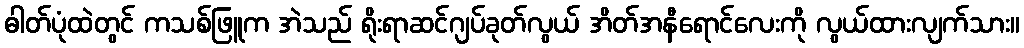
ဓါတ်ပုံထဲတွင် ကသစ်ဖြူက အဲသည် ရိုးရာဆင်ဂျပ်ခုတ်လွယ် အိတ်အနီရောင်လေးကို လွယ်ထားလျက်သား။